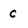
Character: c